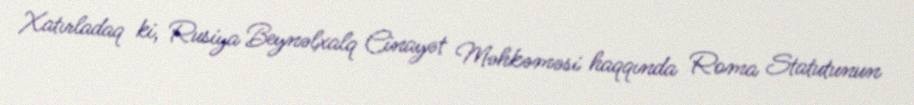
Xatırladaq ki, Rusiya Beynəlxalq Cinayət Məhkəməsi haqqında Roma Statutunun